Black-water fever - Number 35
Disease focus: Fever
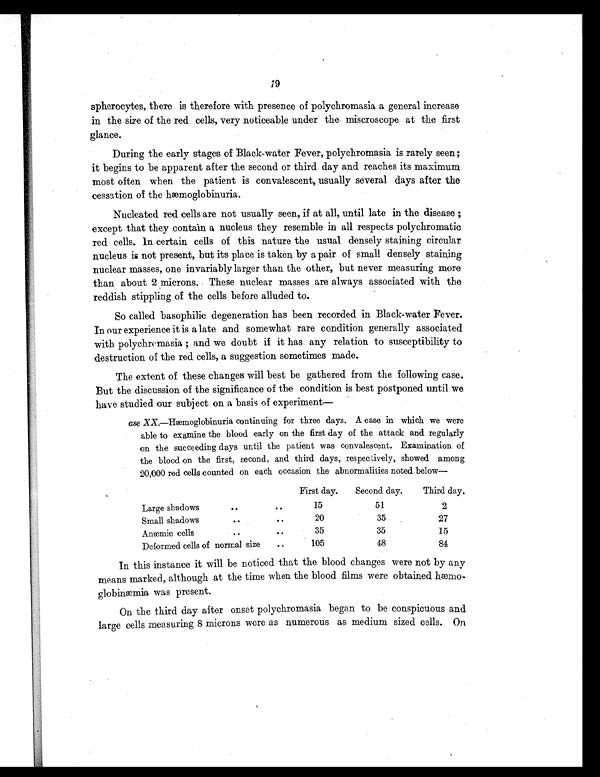
79
spherocytes, there is therefore with presence of polychromasia a general increase
in the size of the red cells, very noticeable under the, miscroscope at the first
glance.
During the early stages of Black-water Fever, polychromasia is rarely seen ;
it begins to be apparent after the second or third day and reaches its maximum
most often when the patient is convalescent, usually several days after the
cessation of the hæmoglobinuria.
Nucleated red cells are not usually seen, if at all, until late in the disease ;
except that they contain a nucleus they resemble in all respects polychromatic
red cells. In certain cells of this nature the usual densely staining circular
nucleus is not present, but its place is taken by a pair of small densely staining
nuclear masses, one invariably larger than the other, but never measuring more
than about 2 microns. These nuclear masses are always associated with the
reddish stippling of the cells before alluded to.
So called basophilic degeneration has been recorded in Black-water Fever.
In our experience it is a late and somewhat rare condition generally associated
with polychromasia ; and we doubt if it has any relation to susceptibility to
destruction of the red cells, a suggestion sometimes made.
The extent of these changes will best be gathered from the following case.
But the discussion of the significance of the condition is best postponed until we
have studied our subject on a basis of experiment
—
ase XX.—Hæmoglobinuria continuing for three days. A case in which we were
able to examine the blood early on the first day of the attack and regularly
on the succeeding days until the patient was convalescent. Examination of
the blood on the first, second, and third days, respectively, showed among
20,000 red cells counted on each occasion the abnormalities noted below—
First day.
Second day.
Third day.
Large shadows
..
..
15
51
2
Small shadows
..
. .
20
35
27
Anæmic cells
..
. .
35
35
15
Deformed cells of normal size
..
105
48
84
In this instance it will be noticed that the blood changes were not by any
means marked, although at the time when the blood films were obtained hæmo-
globinæmia was present.
On the third day after onset polychromasia began to be conspicuous and
large cells measuring 8 microns were as numerous as medium sized cells. On